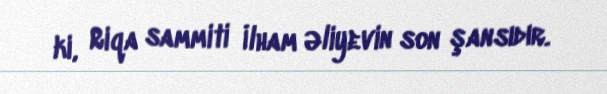
ki, Riqa sammiti İlham Əliyevin son şansıdır.